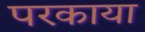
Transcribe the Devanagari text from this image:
परकाया